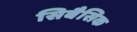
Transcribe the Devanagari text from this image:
सिबैसिक